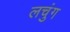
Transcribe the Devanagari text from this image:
लचुंग